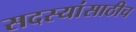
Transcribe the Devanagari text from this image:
सदस्यांसाठीच